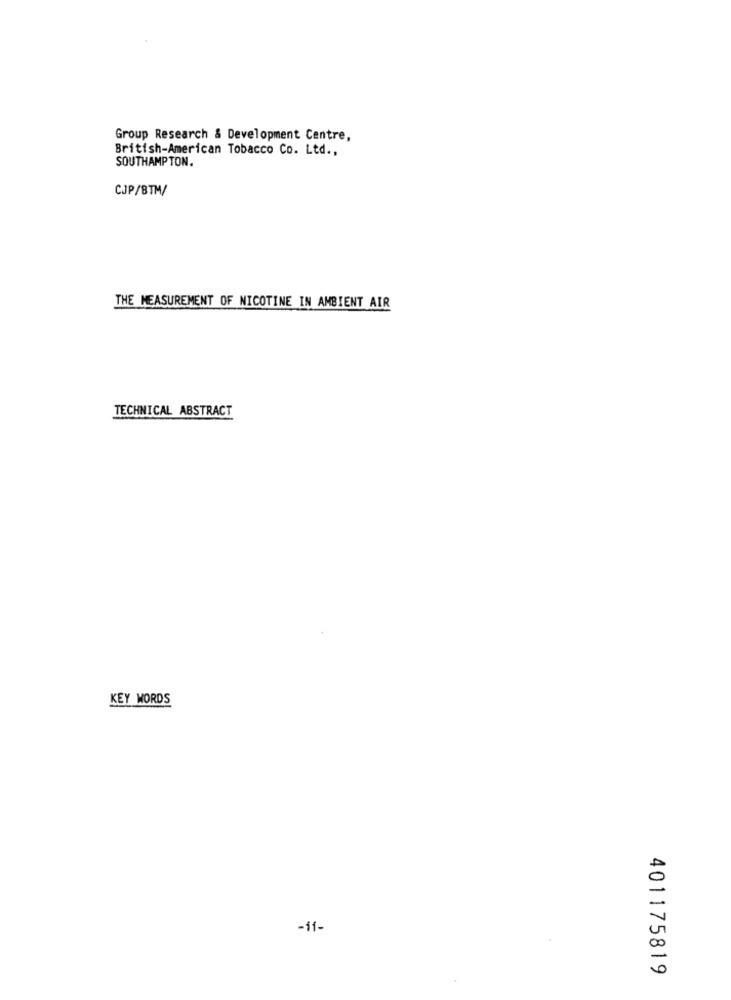
Group Research & Development Centre,
British-American Tobacco Co. Ltd .,
SOUTHAMPTON.
CJP/8TM/
THE MEASUREMENT OF NICOTINE IN AMBIENT AIR
TECHNICAL ABSTRACT
KEY WORDS
-11-
401175819